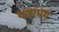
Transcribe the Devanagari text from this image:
पत्रापग